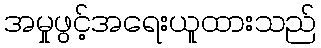
အမှုဖွင့်အရေးယူထားသည်